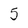
Character: 5